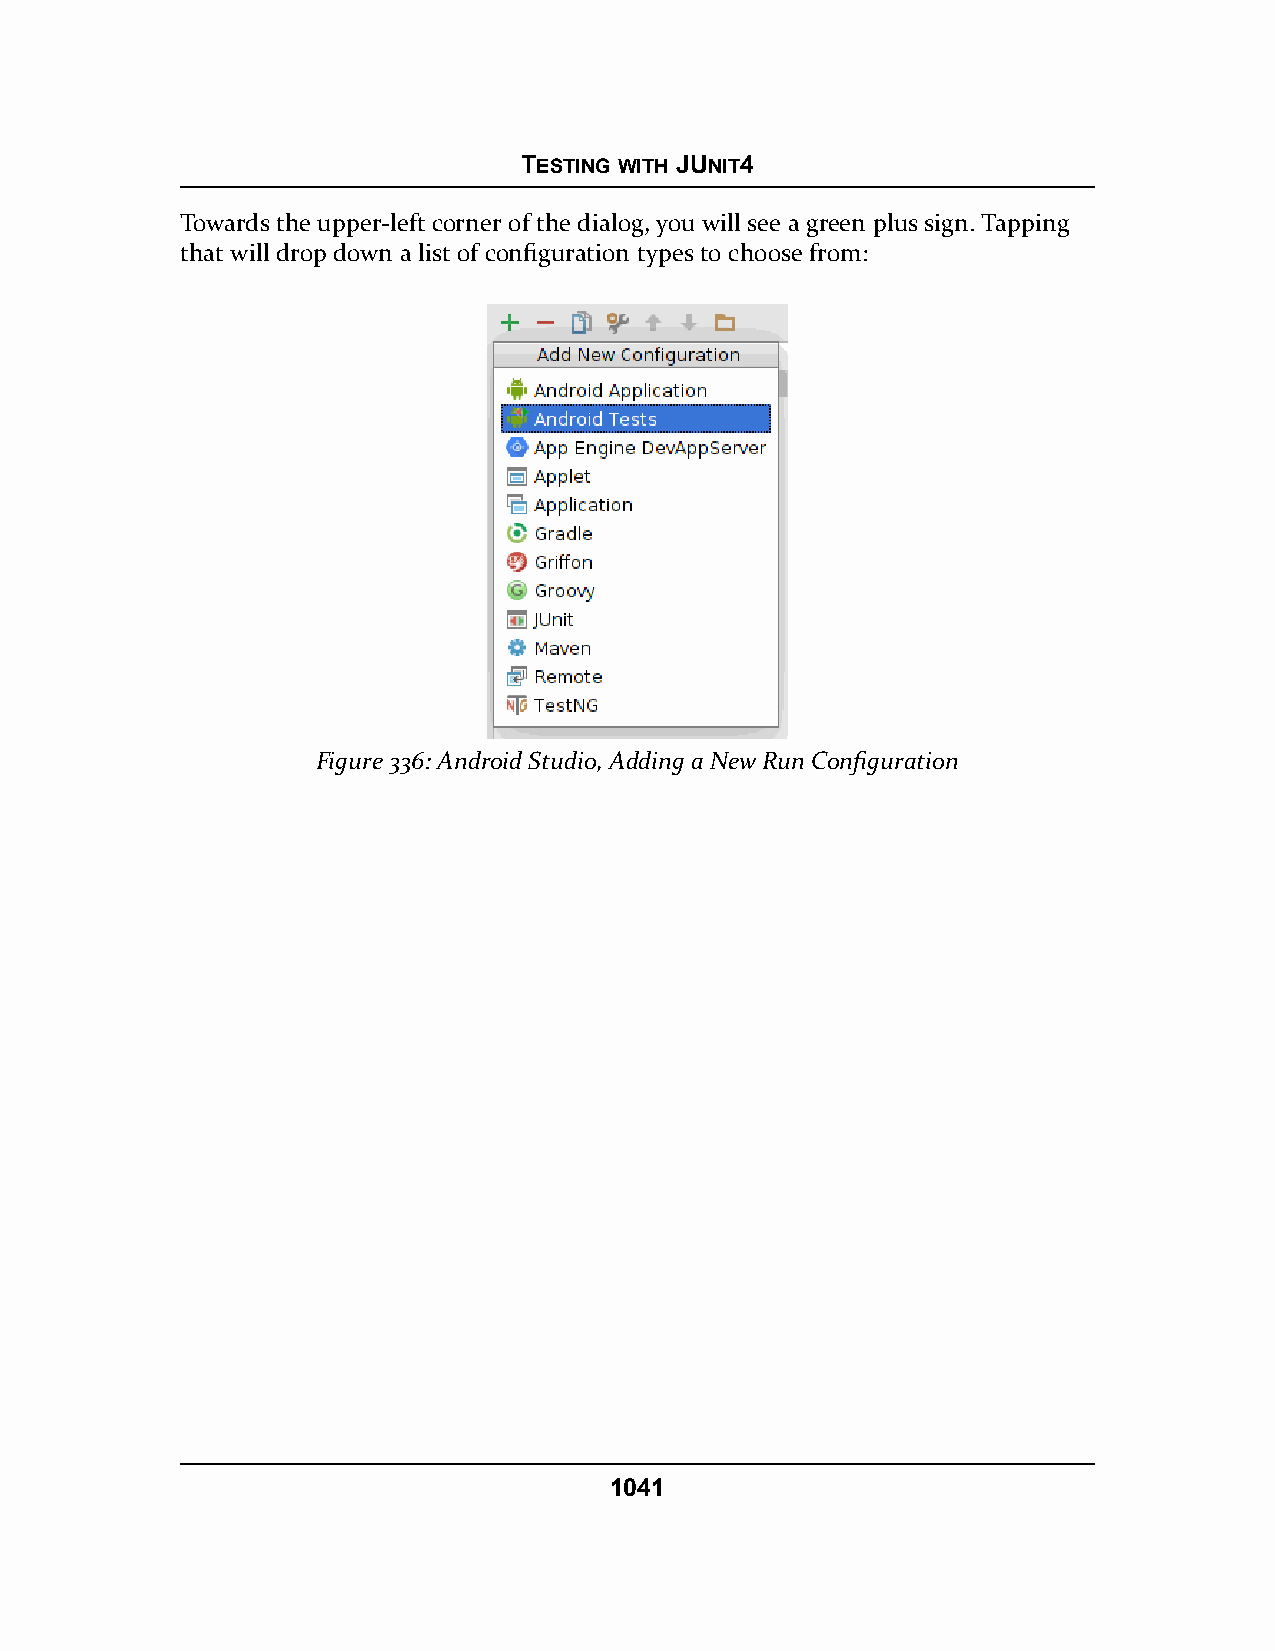
TESTING WITH JUNIT4
 Towards the upper-left corner of the dialog, you will see a green plus sign. Tapping
 that will drop down a list of configuration types to choose from:
 Figure 336: Android Studio, Adding a New Run Configuration
 1041